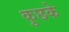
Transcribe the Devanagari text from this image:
कुछके